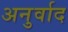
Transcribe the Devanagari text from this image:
अनुर्वाद